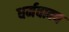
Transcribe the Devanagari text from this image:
धर्मवाक्य